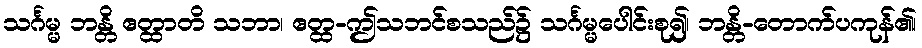
သင်္ဂမ္မ ဘန္တိ ဧတ္ထာတိ သဘာ၊ ဧတ္ထ-ဤသဘင်စသည်၌ သင်္ဂမ္မပေါင်းစု၍၊ ဘန္တိ-တောက်ပကုန်၏၊